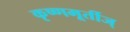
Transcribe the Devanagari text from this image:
कृष्णमूर्तीज्‌